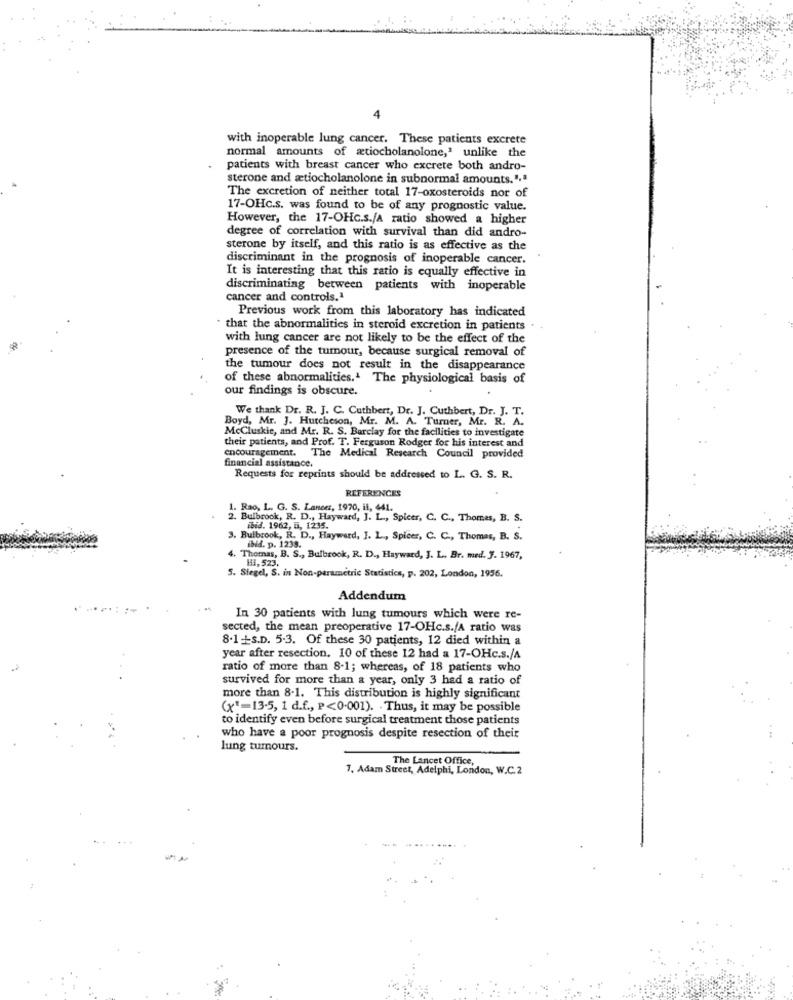
4
with inoperable lung cancer. These patients excrete
normal amounts of atiocholanolone,' unlike the
patients with breast cancer who excrete both andro-
sterone and stiocholanolone in subnormal amounts.".ª
The excretion of neither total 17-oxosteroids nor of
17-OHc.s. was found to be of any prognostic value.
However, the 17-OHc.s./A ratio showed a higher
degree of correlation with survival than did andro-
sterone by itself, and this ratio is as effective as the
discriminant in the prognosis of inoperable cancer.
It is interesting that this ratio is equally effective in
discriminating between patients with inoperable
cancer and controls."
Previous work from this laboratory has indicated
that the abnormalities in steroid excretion in patients
with lung cancer are not likely to be the effect of the
presence of the tumour, because surgical removal of
the tumour does not result in the disappearance
of these abnormalities.1 The physiological basis of
our findings is obscure.
We thank Dr. R. J. C. Cuthbert, Dr. J. Cuthbert, Dr. J. T.
Boyd, Mr. J. Hurcheson, Mr. M. A. Turner, Mr. R. A.
McCluskie, and Mr. R. S. Barclay for the facilities to investigate
their patients, and Prof. T. Ferguson Rodger for his interest and
encouragement.
The Medical Research Council provided
financial assistance.
Requests for reprints should be addressed to L. G. S. R.
REFERENCES
1. Rao, L. G. S. Lancer, 1970, il, 441.
2. Bulbrook, R. D ., Hayward, J. L ., Spicer, C. C ., Thomas, B. S.
ibid. 1962, i, 1235.
3. Bulbrook, R. D ., Hayward, J. L ., Spicer, C. C ., Thomas, B. S.
ibid. p. 1238.
. Thetnas, B. S ., Bulbrook, R. D ., Hayward, J. L. Br. med. f. 1967,
HI, 523.
5. Siegel, S. in Non-parametric Statistics, p. 202, London, 1956.
Addendum
In 30 patients with lung tumours which were re-
sected, the mean preoperative 17-OHc.s./A ratio was
8.1 -S.D. 5.3. Of these 30 patients, 12 died within a
year after resection. 10 of these 12 had a 17-OHc.s./A
ratio of more than 8-1; whereas, of 18 patients who
survived for more than a year, only 3 had a ratio of
more than 8.1. This distribution is highly significant
(x"=13-5, 1 d.f ., P<0.001). . Thus, it may be possible
to identify even before surgical treatment those patients
who have a poor prognosis despite resection of their
lung tumours.
The Lancet Office,
7. Adam Street, Adelphi, London, W.C.2